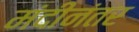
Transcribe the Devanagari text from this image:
मंदीनंतर